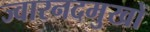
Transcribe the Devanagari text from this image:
ज्वारनदमुखों